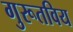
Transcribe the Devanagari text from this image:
गुरूतविय